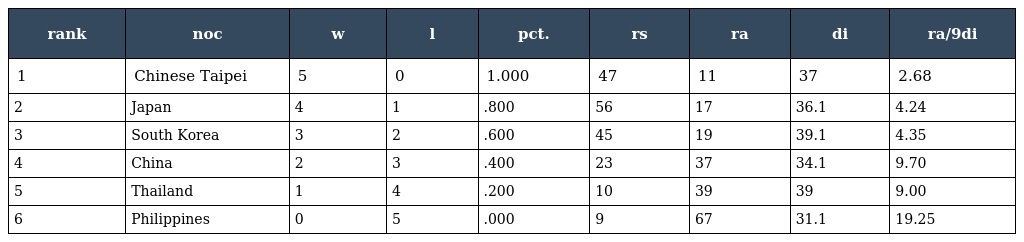
| rank | noc | w | l | pct. | rs | ra | di | ra/9di |
 | --- | --- | --- | --- | --- | --- | --- | --- | --- |
 | 1 | Chinese Taipei | 5 | 0 | 1.000 | 47 | 11 | 37 | 2.68 |
 | 2 | Japan | 4 | 1 | .800 | 56 | 17 | 36.1 | 4.24 |
 | 3 | South Korea | 3 | 2 | .600 | 45 | 19 | 39.1 | 4.35 |
 | 4 | China | 2 | 3 | .400 | 23 | 37 | 34.1 | 9.70 |
 | 5 | Thailand | 1 | 4 | .200 | 10 | 39 | 39 | 9.00 |
 | 6 | Philippines | 0 | 5 | .000 | 9 | 67 | 31.1 | 19.25 |